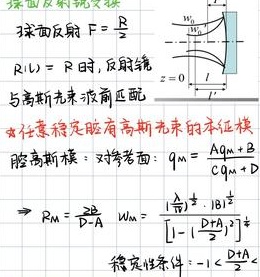
$$
\begin{align*}
& 球面反射镜\\
& 球面反射 F = \frac{R}{2}\\
& R(L)=R 时, 反射镜\\
& 与高斯光束波前匹配\\
& *任意稳定腔有高斯光束的本征模\\
& 腔高斯模: 对参考面: q_m=\frac{Aq_m + B}{Cq_m+D}\\
& \Rightarrow R_m=\frac{2B}{D - A}\quad w_{m}=\frac{\lambda}{\pi}\frac{|B|^{\frac{1}{2}}}{\left[1 - \left(\frac{D + A}{2}\right)^2\right]^{\frac{1}{4}}}\\
& 稳定性条件: -1 < \frac{D + A}{2}<1
\end{align*}
$$